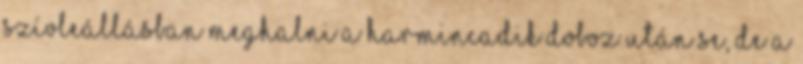
szívleállásban meghalni a harmincadik doboz után se, de a